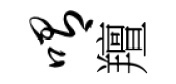
喟羶